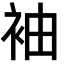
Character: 袖